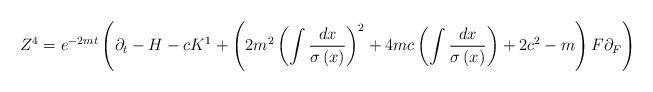
LaTeX: \begin{align*}Z^{4}=e^{-2mt}\left( \partial _{t}-H-cK^{1}+\left( 2m^{2}\left( \int \frac{dx}{\sigma \left( x\right) }\right) ^{2}+4mc\left( \int \frac{dx}{\sigma\left( x\right) }\right) +2c^{2}-m\right) F\partial _{F}\right)\end{align*}